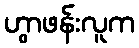
ဟွာဖန်းလူက